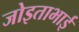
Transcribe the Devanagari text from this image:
जोइताभाई